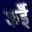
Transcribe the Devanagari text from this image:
कईँ